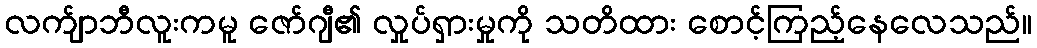
လက်ျာဘီလူးကမူ ဇော်ဂျီ၏ လှုပ်ရှားမှုကို သတိထား စောင့်ကြည့်နေလေသည်။